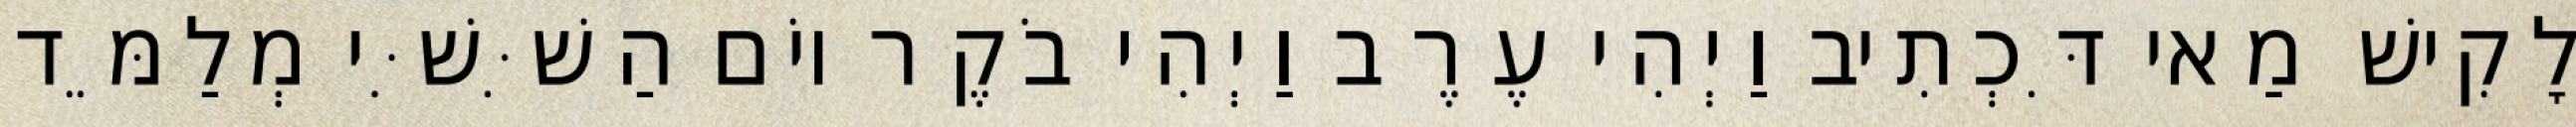
לָקִישׁ מַאי דִּכְתִיב וַיְהִי עֶרֶב וַיְהִי בֹקֶר יוֹם הַשִּׁשִּׁי מְלַמֵּד